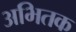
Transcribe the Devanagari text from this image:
अभितक